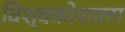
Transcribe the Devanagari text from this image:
विश्वकोशाला